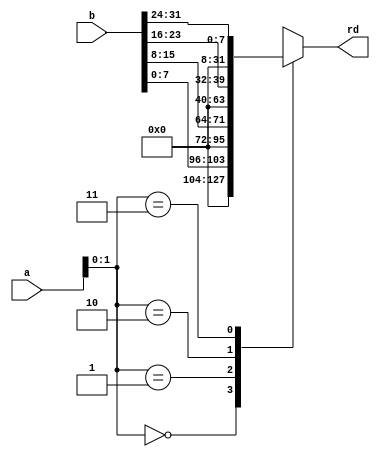
module loadlow ( a, b, rd); 
input wire [31:0] a; 
input wire [31:0] b; 
output reg [31:0] rd; 
wire [1:0] prueba; 

assign prueba = a[1:0]; 
always @(*) begin 
case(a[1:0]) 
2'b00: rd = b[7:0]; 
2'b01: rd = b[15:8]; 
2'b10: rd = b[23:16]; 
2'b11: rd = b[31:24]; 
endcase 
end 
endmodule